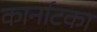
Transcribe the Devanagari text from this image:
कार्नाटका